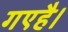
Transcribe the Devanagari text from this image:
गएहै।